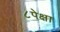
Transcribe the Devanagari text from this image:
८पेक्षा